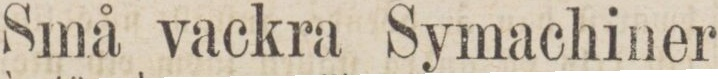
Små vackra Symachiner